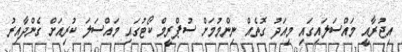
އިޖުރާއީ މައްސަލައިގައި މިއަދު ގޮތެއް ނިންމުމަށް ސުޕްރީމް ކޯޓުގައި މައްސަލަ ކުރިއަށް ގެންދާއިރު